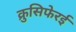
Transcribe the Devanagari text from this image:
क्रुसिफेरई